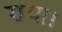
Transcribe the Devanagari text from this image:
राधा।